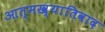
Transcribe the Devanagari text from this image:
आत्मख्यातिवाद